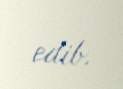
edib.